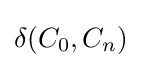
\delta (C_{0},C_{n})